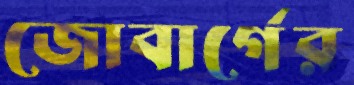
জোবার্গের